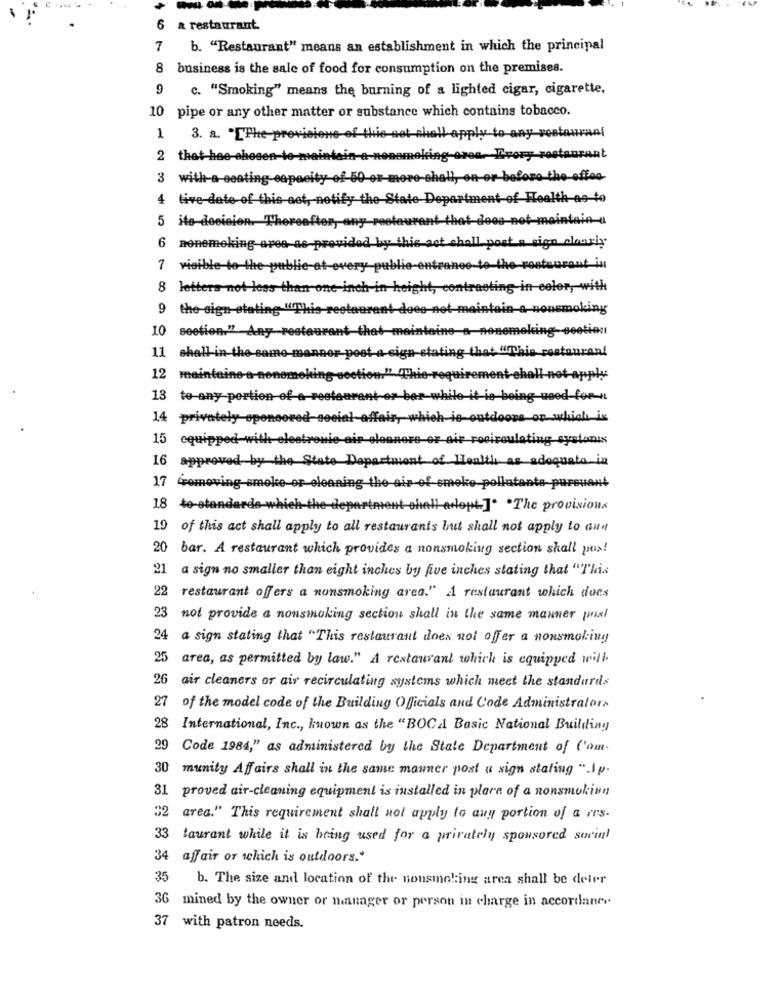
6 & restaurant
7
b. "Restaurant" means an establishment in which the principal
business is the sale of food for consumption on the premises.
9
c. "Smoking" means the burning of a lighted cigar, cigarette.
10 pipe or any other matter or substance which contains tobacco.
1
3. a. "[The-previsione of th
et shall apply to any restaurant
3 with a seating-capacity of 50 or more-shall, on or before the offee-
4 live-date of this act, notify the State Department of Health-as-to
ito decision. Thereafter, any pestaurant-that-doos-not-maintain-a
6
nonsmoking area as provided by this got chall post a sign clourly
visible-to-the-public-at-every public-entrance-to-the-restaurant in
8 letters not less than one inch in height, contracting in color, with
the sign etating "This restaurant does-net-maintain-a-nonsmoking
10 section."" Any restaurant that maintains a-nonemeking-section
11
shall in the same manner post a sign-stating that "This restaurant
12
maintaine-a-nonsmoking-section." "Thie-requirement-ehall-not-apply
13
to-any-portion of-a-restaurant-or bar-while it-ie-being-need-for-
14
privately-sponsored-social affais, which is-outdoors on which is
15
cquipped with electronic air cleaners or air rocirculating systonis
16 approved by the State Department of Health as adequate in
17
Lomoving smoke or eleaning the air-of smoke pollatante-pursuant
18 to-standarde which the department shall arlopt ]. . The provisions
19 of this act shall apply to all restaurants but shall not apply to aun
20 bar. A restaurant which provides a nonsmoking section shall pus!
21 a sign no smaller than eight inches by five inches stating that "This
22
restaurant offers a nonsmoking area." A restaurant which does
23
not provide a nonsmoking section shall in the same manner past
24
a sign stating that "This restaurant does not offer a nonsmoking
25
area, as permitted by law." A restaurant which is equipped will
26
air cleaners or air recirculating systems which meet the standards
27 of the model code of the Building Officials and Code Administrators
28
International, Inc ., known as the "BOCal Basic National Building
29 Code 1984," as administered by the State Department of C'am-
30
munity Affairs shall in the same manner post a sign staling ".Ip.
31 proved air-cleaning equipment is installed in plara of a nonsmoking
"2 area." This requirement shall not apply to auy portion of a res-
33 taurant while it is being used for a privately sponsored social
34 affair or which is outdoors.'
35
b. The size and location of the nonsmoking area shall be deler
36 mined by the owner or manager or person in charge in accordane ..
37 with patron needs.